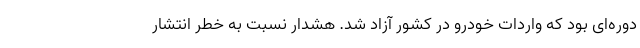
دوره‌ای بود که واردات خودرو در کشور آزاد شد. هشدار نسبت به خطر انتشار